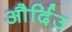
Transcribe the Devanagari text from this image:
और्दिउ